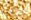
الجزائر